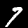
Digit: 7